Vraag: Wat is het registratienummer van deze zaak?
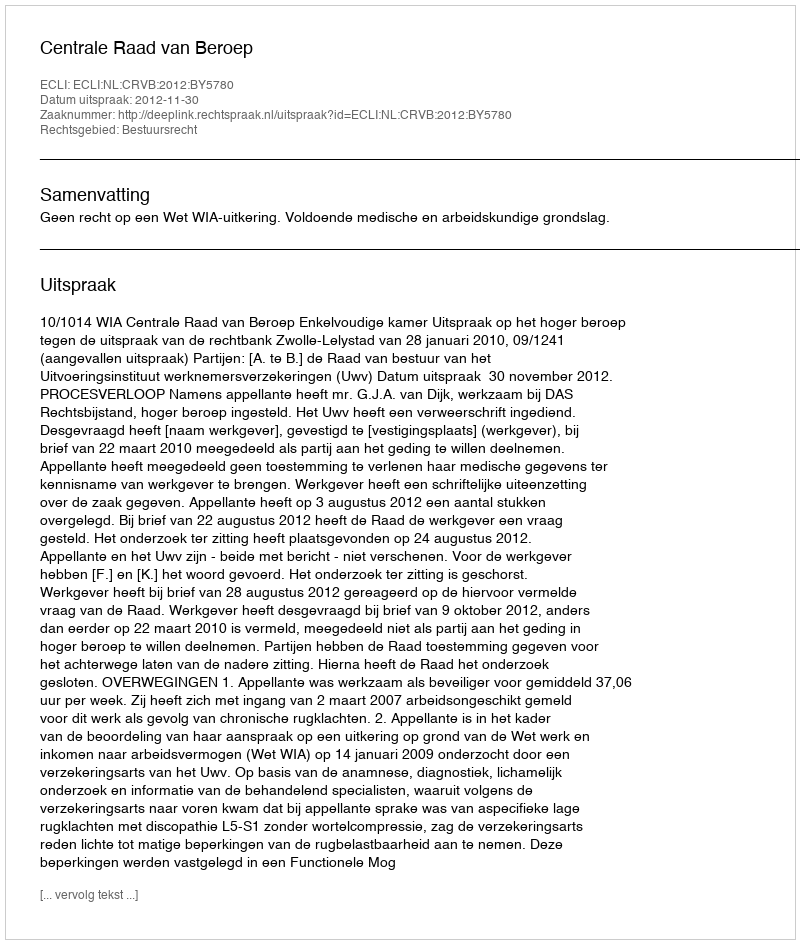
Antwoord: http://deeplink.rechtspraak.nl/uitspraak?id=ECLI:NL:CRVB:2012:BY5780